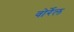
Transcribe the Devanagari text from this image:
वोर्रेल